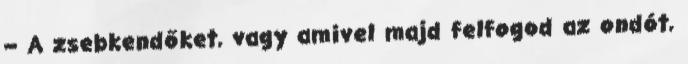
– A zsebkendőket, vagy amivel majd felfogod az ondót,